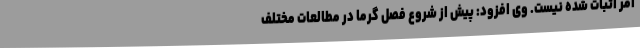
امر اثبات شده نیست. وی افزود: پیش از شروع فصل گرما در مطالعات مختلف